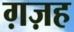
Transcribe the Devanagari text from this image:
ग़ज़ह